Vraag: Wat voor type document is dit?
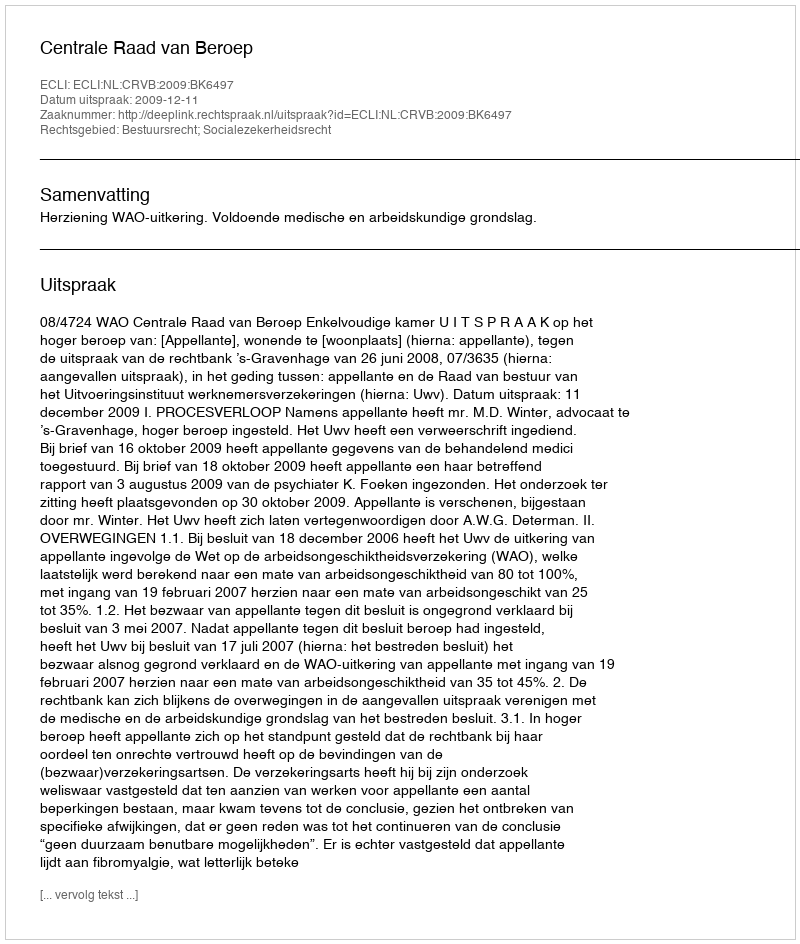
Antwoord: Uitspraak